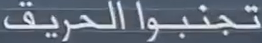
تجنبواالحريق